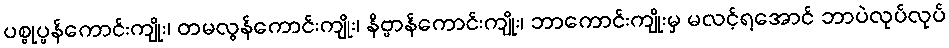
ပစ္စုပ္ပန်ကောင်းကျိုး၊ တမလွန်ကောင်းကျိုး၊ နိဗ္ဗာန်ကောင်းကျိုး၊ ဘာကောင်းကျိုးမှ မလင့်ရအောင် ဘာပဲလုပ်လုပ်